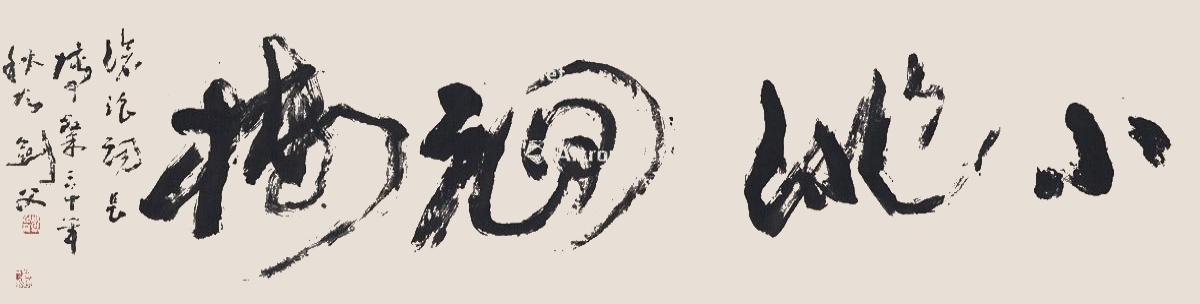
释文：小徘徊楼。沧浪词长博粲，三十年秋高剑父。